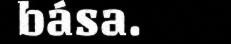
bása.